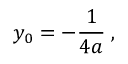
y _ { 0 } = - { \frac { 1 } { 4 a } } \; ,